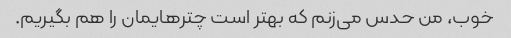
خوب، من حدس می‌زنم که بهتر است چترهایمان را هم بگیریم.